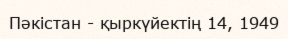
Пәкістан - қыркүйектің 14, 1949